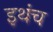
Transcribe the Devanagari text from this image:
इथंच